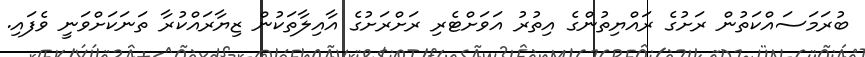
ބުރަމަސައްކަތުން ރަށުގެ ރައްޔިތުންގެ އިތުރު އަވަށްޓެރި ރަށްރަށުގެ އާއިލާތަކުން ޒިޔާރައްކުރާ ތަނަކަށްވަނީ ވެފައި.